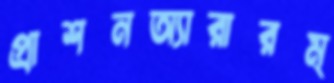
প্রাশনঅ্যারারম্